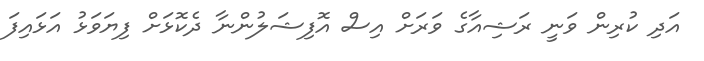
އަދި ކުރިން ވަނީ ރަޝިއާގެ ވަރަށް އިސް އޮފިޝަލުންނާ ދެކޮޅަށް ފިޔަވަޅު އަޅައިފަ